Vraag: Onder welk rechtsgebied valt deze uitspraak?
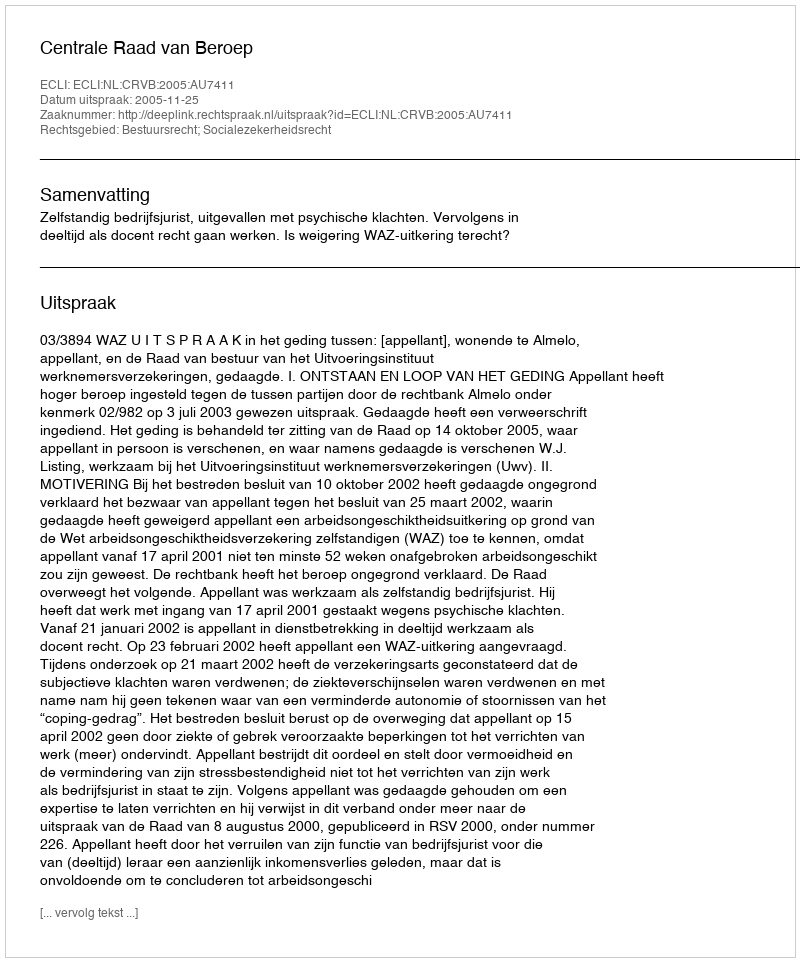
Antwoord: Bestuursrecht; Socialezekerheidsrecht